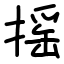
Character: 摇